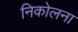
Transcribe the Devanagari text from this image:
निकोलना